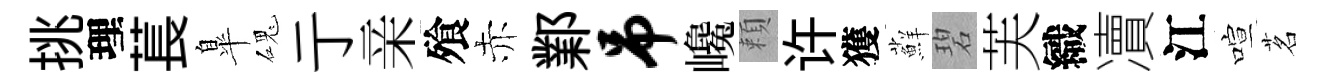
挑理萇臯磈亍亲飱赤鄴吊巉頼许獲蘚碧芙織凟江喧茗